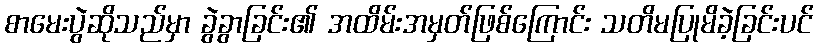
စာမေးပွဲဆိုသည်မှာ ခွဲခွာခြင်း၏ အထိမ်းအမှတ်ဖြစ်ကြောင်း သတိမပြုမိခဲ့ခြင်းပင်